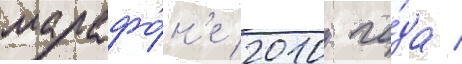
марафо́н'е 2010 го́да /